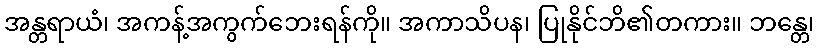
အန္တရာယံ၊ အကန့်အကွက်ဘေးရန်ကို။ အကာသိပန၊ ပြုနိုင်ဘိ၏တကား။ ဘန္တေ၊